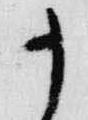
十